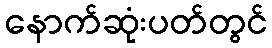
နောက်ဆုံးပတ်တွင်